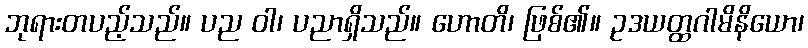
ဘုရားတပည့်သည်။ ပည ဝါ၊ ပညာရှိသည်။ ဟောတိ၊ ဖြစ်၏။ ဥဒယတ္ထဂါမိနိယော၊